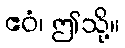
ဧဝံ၊ ဤသို့။